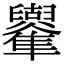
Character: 𠧑